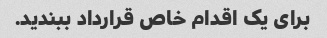
برای یک اقدام خاص قرارداد ببندید.